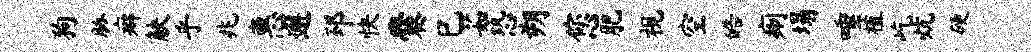
狗胁癖觖乎兆惠邂邳快爨巳茹恐朔您肥视空皓痢塌唾植屹炕硬